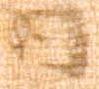
日